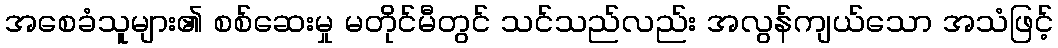
အစေခံသူများ၏ စစ်ဆေးမှု မတိုင်မီတွင် သင်သည်လည်း အလွန်ကျယ်သော အသံဖြင့်